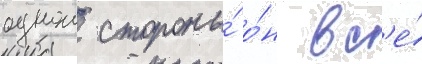
однои стороны́ о́н вс'е́